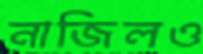
নাজিলও